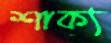
শাক্য